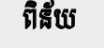
ពិន័យ